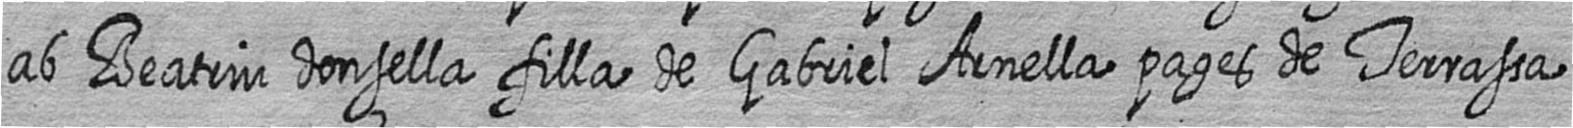
ab Beatriu donsella filla de Gabriel Arnella pages de Terrassa